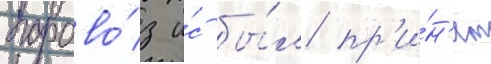
парово́з и́с бы́л пр'и́н'ят